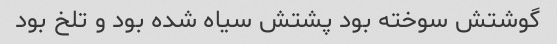
گوشتش سوخته بود پشتش سیاه شده بود و تلخ بود